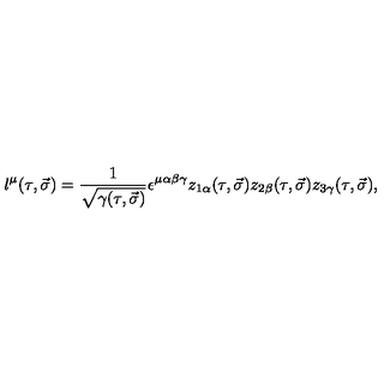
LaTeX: l ^ { \mu } ( \tau , \vec { \sigma } ) = \frac { 1 } { \sqrt { \gamma ( \tau , \vec { \sigma } ) } } \epsilon ^ { \mu \alpha \beta \gamma } z _ { 1 \alpha } ( \tau , \vec { \sigma } ) z _ { 2 \beta } ( \tau , \vec { \sigma } ) z _ { 3 \gamma } ( \tau , \vec { \sigma } ) ,